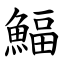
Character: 鰏